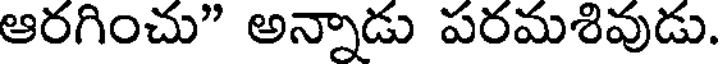
ఆరగించు" అన్నాడు పరమశివుడు.